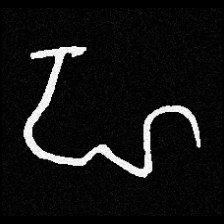
Pyu character \u2014 Myanmar letter: ဟ (romanized: ha)